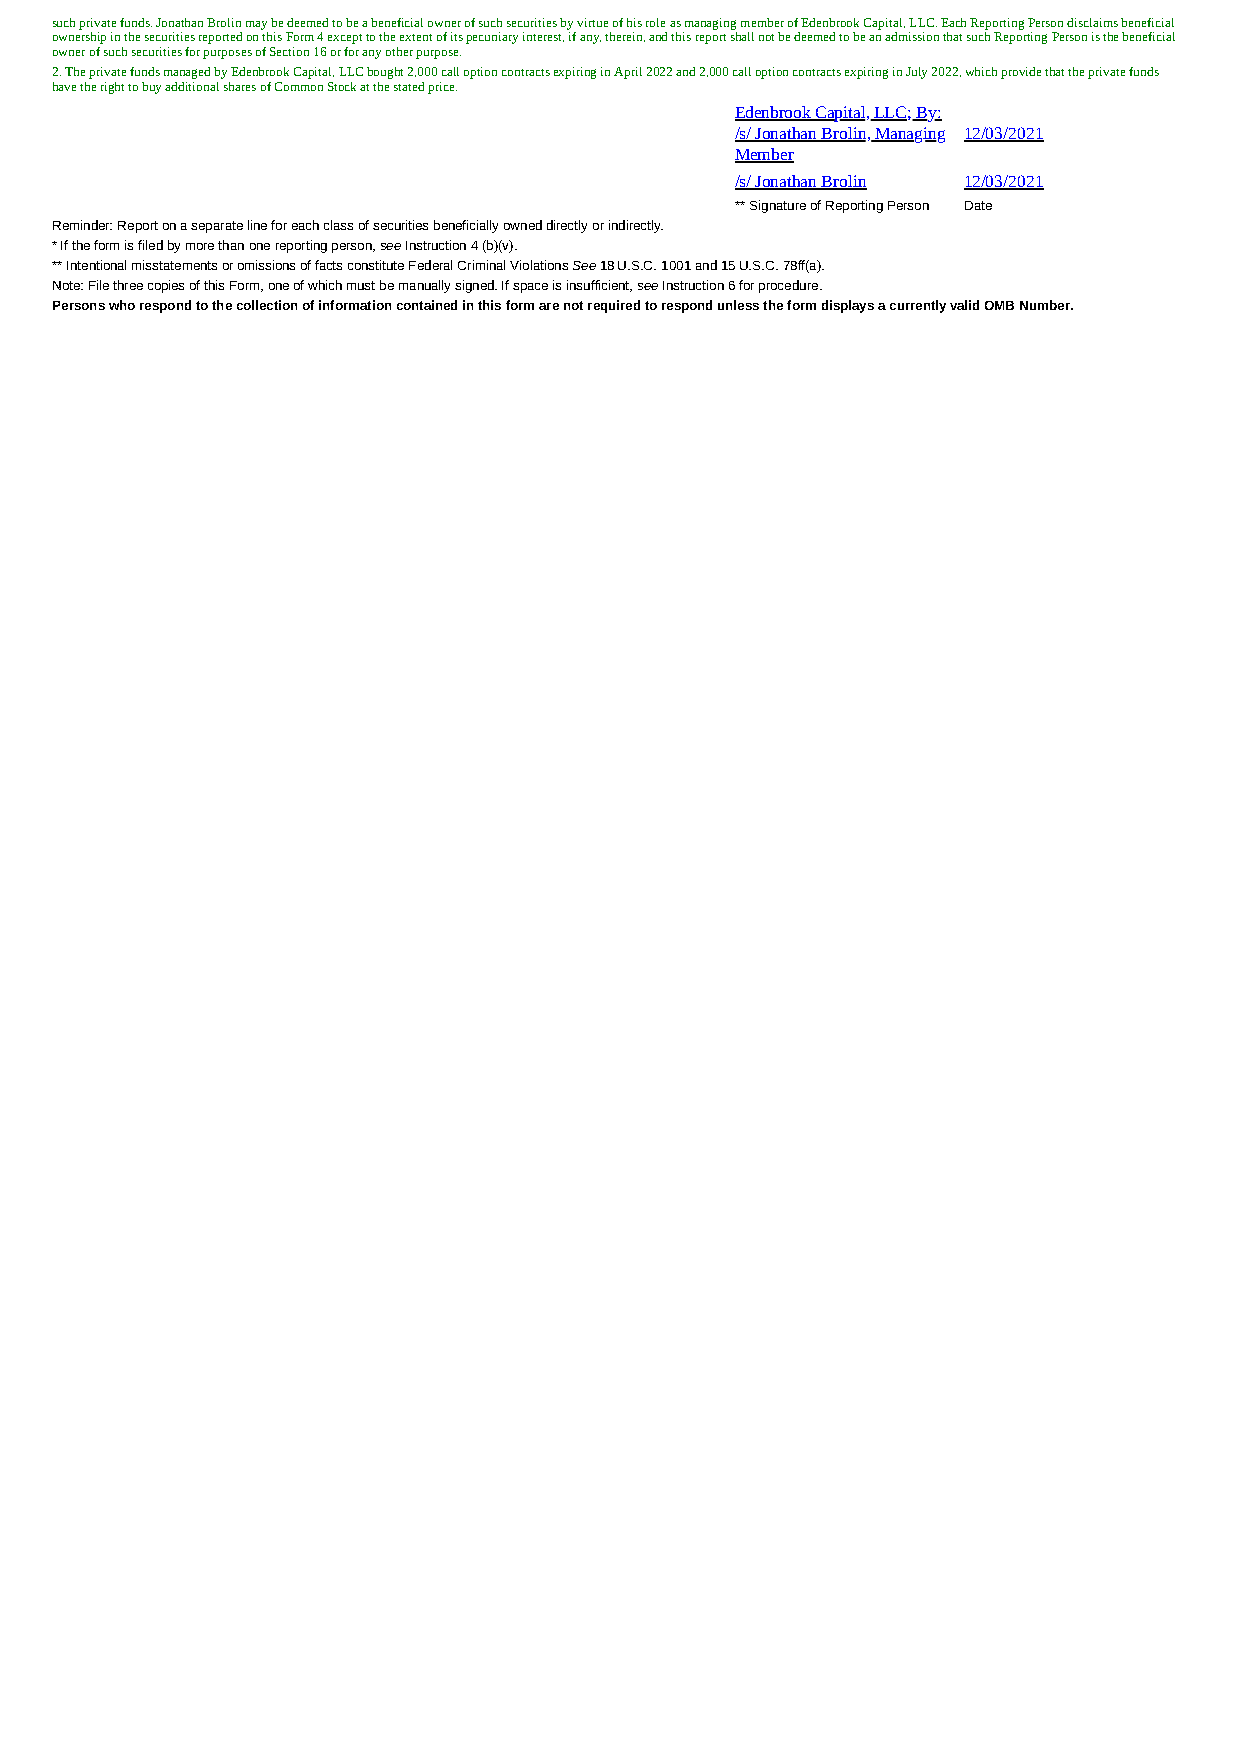
such private funds. Jonathan Brolin may be deemed to be a beneficial owner of such securities by virtue of his role as managing member of Edenbrook Capital, LLC. Each Reporting Person disclaims beneficial
 ownership in the securities reported on this Form 4 except to the extent of its pecuniary interest, if any, therein, and this report shall not be deemed to be an admission that such Reporting Person is the beneficial
 owner of such securities for purposes of Section 16 or for any other purpose.
 2. The private funds managed by Edenbrook Capital, LLC bought 2,000 call option contracts expiring in April 2022 and 2,000 call option contracts expiring in July 2022, which provide that the private funds
 have the right to buy additional shares of Common Stock at the stated price.
 Edenbrook Capital, LLC; By:
 /s/ Jonathan Brolin, Managing 12/03/2021
 Member
 /s/ Jonathan Brolin 12/03/2021
 ** Signature of Reporting Person Date
 Reminder: Report on a separate line for each class of securities beneficially owned directly or indirectly.
 * If the form is filed by more than one reporting person, see Instruction 4 (b)(v).
 ** Intentional misstatements or omissions of facts constitute Federal Criminal Violations See 18 U.S.C. 1001 and 15 U.S.C. 78ff(a).
 Note: File three copies of this Form, one of which must be manually signed. If space is insufficient, see Instruction 6 for procedure.
 Persons who respond to the collection of information contained in this form are not required to respond unless the form displays a currently valid OMB Number.